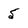
Character: 5